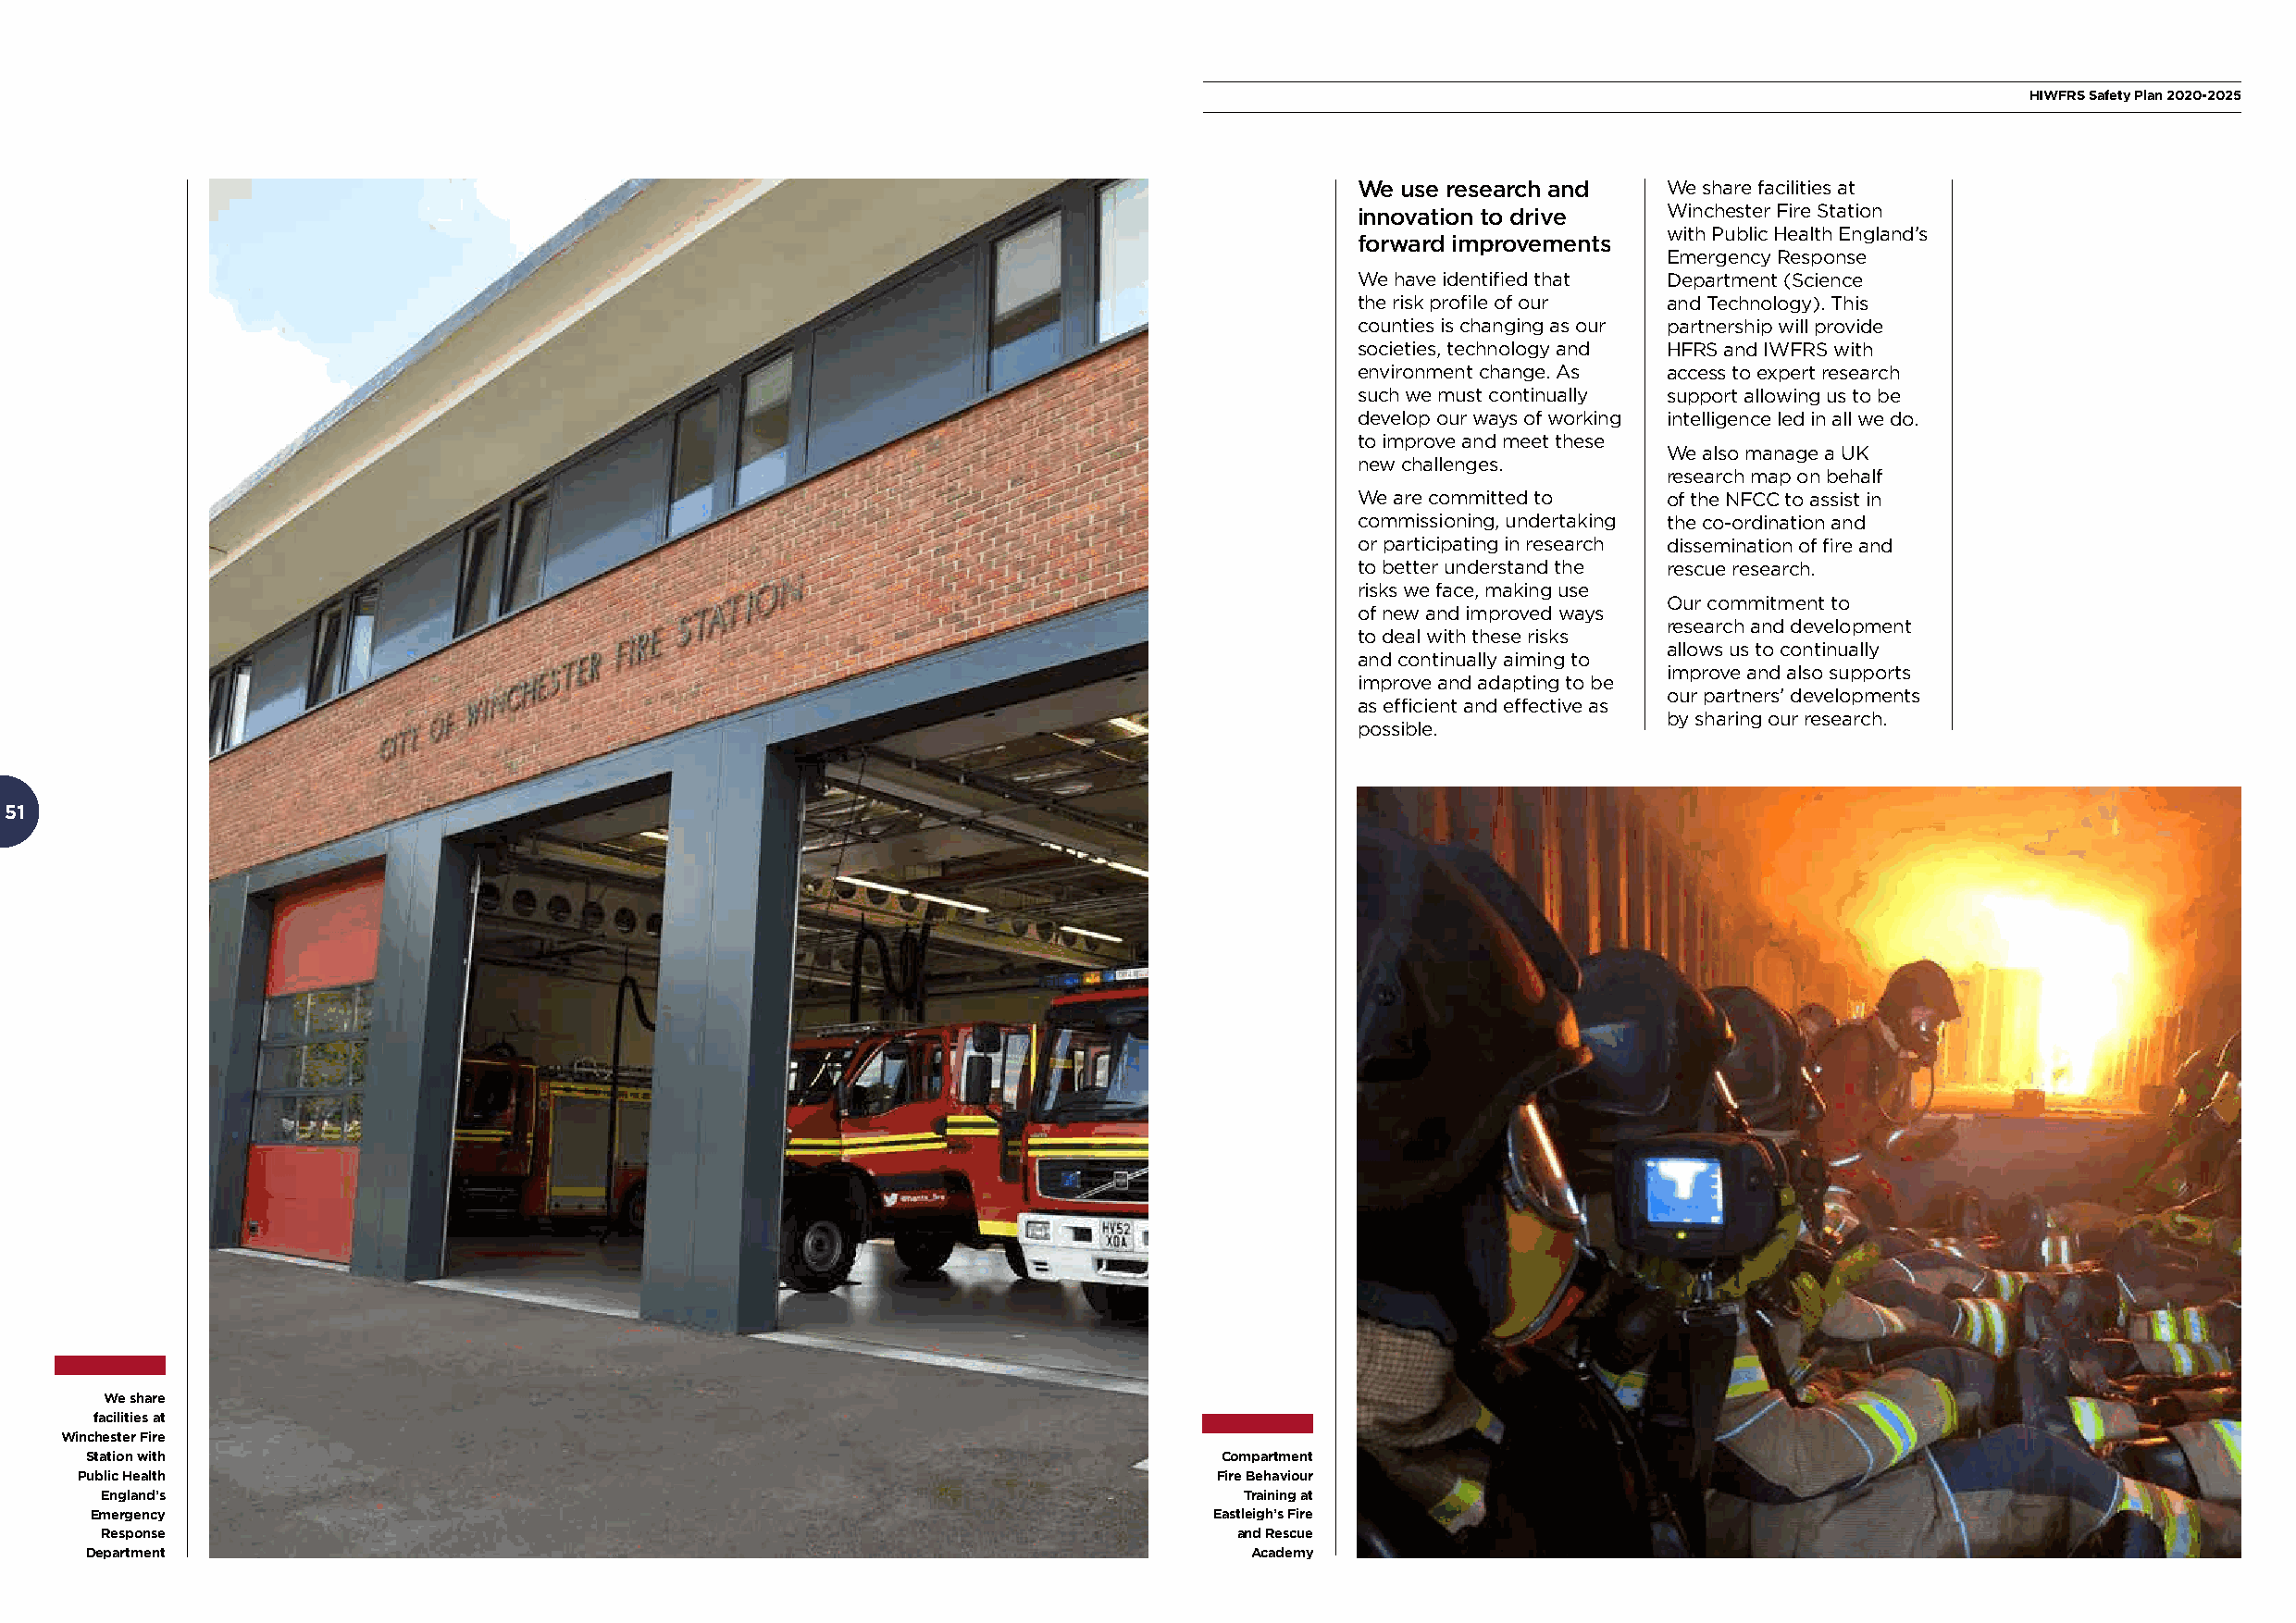
HIWFRS Safety Plan 2020-2025
 We use research and   We share facilities at
 innovation to drive   Winchester Fire Station
 with Public Health England’s
 forward improvements
 Emergency Response
 We have identified that Department (Science
 the risk profile of our and Technology). This
 counties is changing as our partnership will provide
 societies, technology and HFRS and IWFRS with
 environment change. As access to expert research
 such we must continually support allowing us to be
 develop our ways of working intelligence led in all we do.
 to improve and meet these
 We also manage a UK
 new challenges.
 research map on behalf
 We are committed to   of the NFCC to assist in
 commissioning, undertaking the co-ordination and
 or participating in research dissemination of fire and
 to better understand the rescue research.
 risks we face, making use
 Our commitment to
 of new and improved ways
 research and development
 to deal with these risks
 allows us to continually
 and continually aiming to
 improve and also supports
 improve and adapting to be
 our partners’ developments
 as efficient and effective as
 by sharing our research.
 possible.
 2516
 We share
 facilities at
 Winchester Fire
 Station with                                                                     Compartment
 Public Health                                                                    Fire Behaviour
 England’s                                                                         Training at
 Emergency                                                                        Eastleigh’s Fire
 Response                                                                         and Rescue
 Department                                                                         Academy